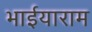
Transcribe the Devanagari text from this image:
भाईयाराम